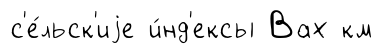
с'е́льск'иjе и́нд'ексы Вах км